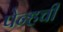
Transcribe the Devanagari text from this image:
पेन्हची